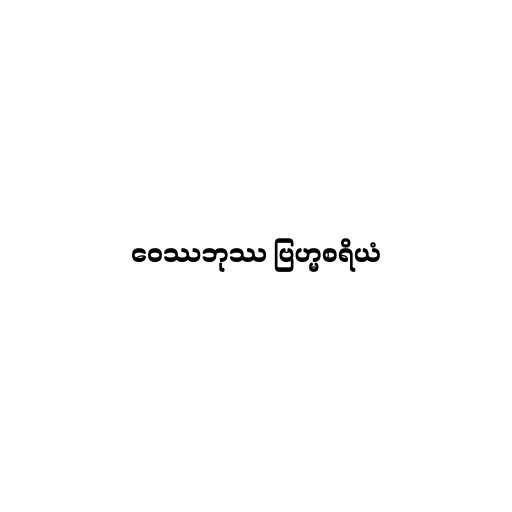
ဝေဿဘုဿ ဗြဟ္မစရိယံ